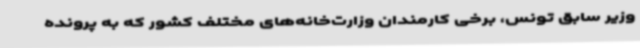
وزیر سابق تونس، برخی کارمندان وزارت‌خانه‌های مختلف کشور که به پرونده